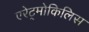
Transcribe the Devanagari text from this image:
एरेट्मोकिलिस